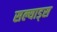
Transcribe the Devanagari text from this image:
सल्याड्स